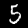
Digit: 5